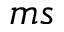
m s